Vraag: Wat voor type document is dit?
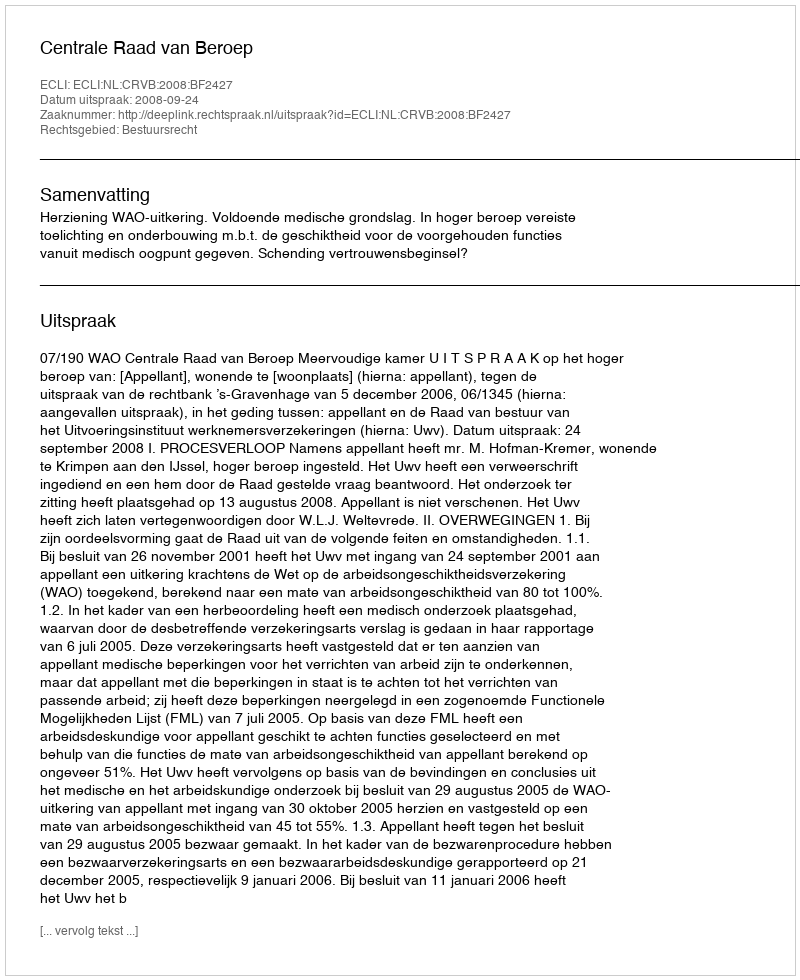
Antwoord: Uitspraak